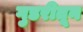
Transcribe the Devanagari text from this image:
गुडरीतून